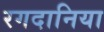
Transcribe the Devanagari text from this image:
रगदानिया